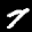
Label: 7